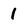
Character: 1